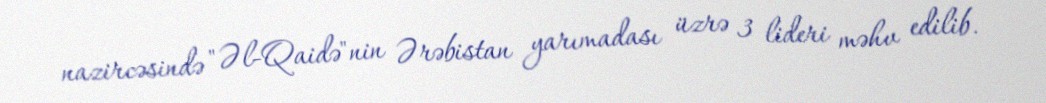
nazircəsində "Əl-Qaidə"nin Ərəbistan yarımadası üzrə 3 lideri məhv edilib.